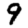
Digit: 9